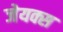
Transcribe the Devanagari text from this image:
जेयक्स